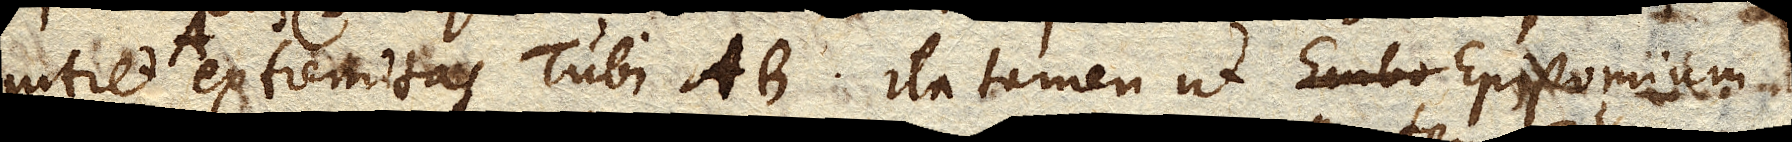
intret A extremitas Tubi AB ita tamen ut Epistomium